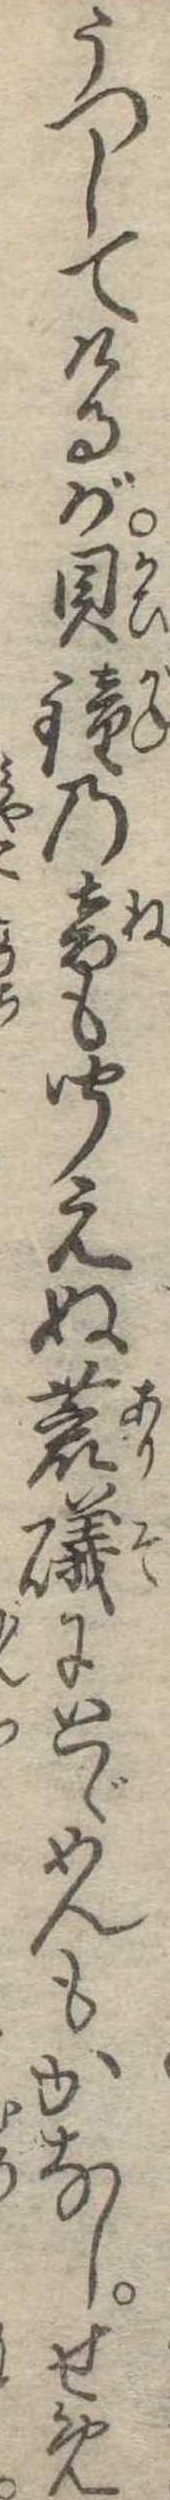
うつしてけるが貝鐘の音も聞えぬ荒磯にとゞめんもかなしせめ